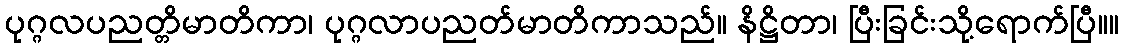
ပုဂ္ဂလပညတ္တိမာတိကာ၊ ပုဂ္ဂလာပညတ်မာတိကာသည်။ နိဋ္ဌိတာ၊ ပြီးခြင်းသို့ရောက်ပြီ။။